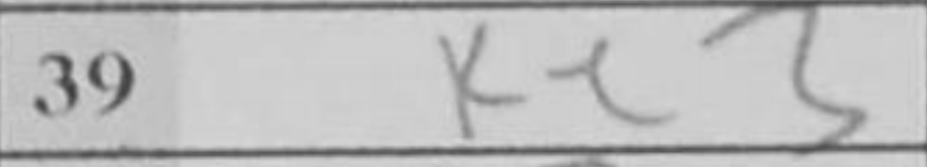
Transcription: Ke3